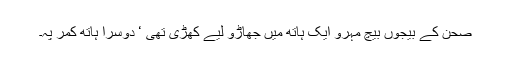
صحن کے بیجوں بیچ مہرو ایک ہاتھ میں جھاڑو لیے کھڑی تھی ‘ دوسرا ہاتھ کمر پہ۔